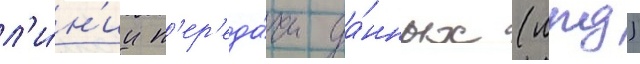
л'и́н'ии п'ер'еда́чи да́нных (лпд)